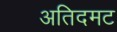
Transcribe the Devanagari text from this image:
अतिदमट